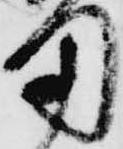
用